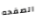
الصفحه